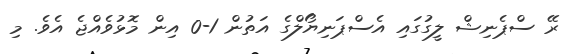
ރޭ ސްޕެނިޝް ލީގުގައި އެސްޕަނިޔޯލްގެ އަތުން 1-0 އިން މޮޅުވެއްޖެ އެވެ. މި